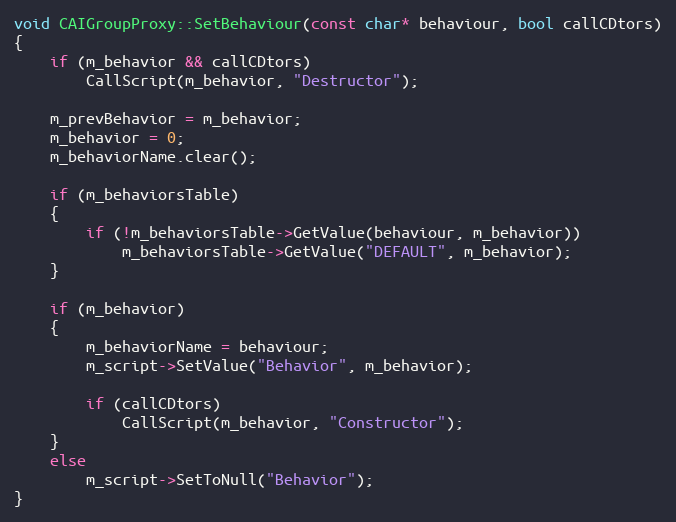
Language: C++
void CAIGroupProxy::SetBehaviour(const char* behaviour, bool callCDtors)
{
	if (m_behavior && callCDtors)
		CallScript(m_behavior, "Destructor");

	m_prevBehavior = m_behavior;
	m_behavior = 0;
	m_behaviorName.clear();

	if (m_behaviorsTable)
	{
		if (!m_behaviorsTable->GetValue(behaviour, m_behavior))
			m_behaviorsTable->GetValue("DEFAULT", m_behavior);
	}

	if (m_behavior)
	{
		m_behaviorName = behaviour;
		m_script->SetValue("Behavior", m_behavior);

		if (callCDtors)
			CallScript(m_behavior, "Constructor");
	}
	else
		m_script->SetToNull("Behavior");
}